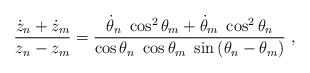
LaTeX: \begin{align*}\frac{\dot{z}_{n}+\dot{z}_{m}}{z_{n}-z_{m}}=\frac{\dot{\theta}_{n}~\cos^{2}\theta _{m}+\dot{\theta}_{m}~\cos ^{2}\theta _{n}}{\cos \theta _{n}~\cos\theta _{m}~\sin \left( \theta _{n}-\theta _{m}\right) }~,\end{align*}